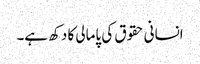
انسانی حقوق کی پامالی کا دکھ ہے۔